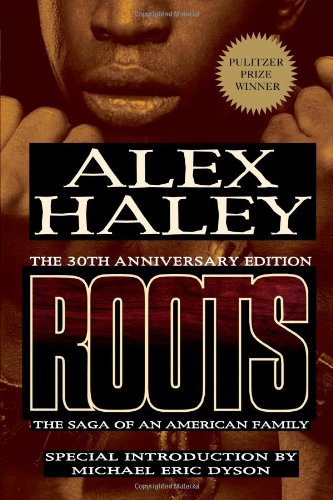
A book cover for Roots: The Saga of an American Family; Alex Haley; Literature & Fiction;